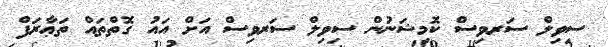
ސިވިލް ސަރވިސް ކޮމިޝަނުން ސިވިލް ސަރވިސް އަށް އައު ގޮތްތައް ތަޢާރަފް